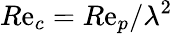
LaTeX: R\mathrm{e}_{c}=R\mathrm{e}_{p}/\lambda^{2}